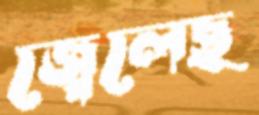
জ্বেলেছ